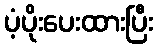
ပံ့ပိုးပေးထားပြီး